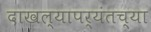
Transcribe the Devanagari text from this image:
दाखल्यापर्यंतच्या